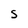
Character: S